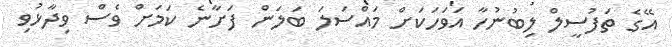
އޭގެ ތަފުސީލް ލިބުނުހާ އަވަހަކަށް މައްސަލަ ބަލަން ފަށާނެ ކަމަށް ވެސް ވިދާޅުވި